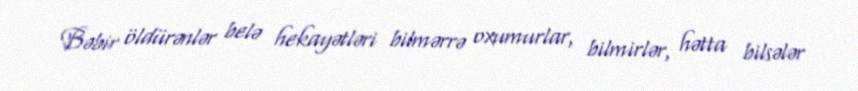
Bəbir öldürənlər belə hekayətləri bilmərrə oxumurlar, bilmirlər, hətta bilsələr